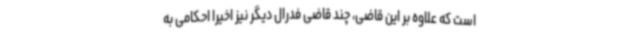
است که علاوه بر این قاضی، چند قاضی فدرال دیگر نیز اخیراً احکامی به